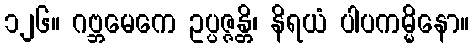
၁၂၆။ ဂဗ္ဘမေကေ ဥပ္ပဇ္ဇန္တိ၊ နိရယံ ပါပကမ္မိနော။